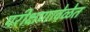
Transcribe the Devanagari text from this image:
परीक्षणावेळेत